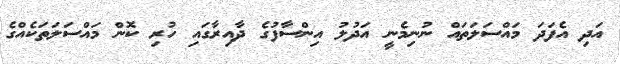
އަދި އެފަދަ މައްސަލަތައް ނުނިމެނީ އަދުލު އިންސާފުގެ ދާއިރާގައި ހުރި ކޮން މައްސަލަތަކެއްގެ